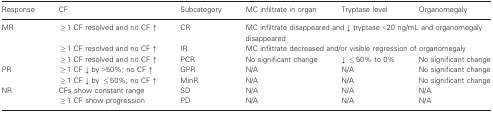
<table><thead><tr><td><b>Response</b></td><td><b>CF</b></td><td><b>Subcategory</b></td><td><b>MC infiltrate in organ</b></td><td><b>Tryptase level</b></td><td><b>Organomegaly</b></td></tr></thead><tbody><tr><td rowspan="3">MR</td><td>≥1 CF resolved and no CF ↑</td><td>CR</td><td colspan="3">MC infiltrate disappeared and ↓ tryptase &lt;20 ng/mL and organomegaly disappeared</td></tr><tr><td>≥1 CF resolved and no CF ↑</td><td>IR</td><td colspan="3">MC infiltrate decreased and/or visible regression of organomegaly</td></tr><tr><td>≥1 CF resolved and no CF ↑</td><td>PCR</td><td>No significant change</td><td>↓ ≤50% to 0%</td><td>No significant change</td></tr><tr><td rowspan="2">PR</td><td>≥1 CF ↓ by &gt;50%; no CF ↑</td><td>GPR</td><td>N/A</td><td>N/A</td><td>No significant change</td></tr><tr><td>≥1 CF ↓ by ≤50%; no CF ↑</td><td>MinR</td><td>N/A</td><td>N/A</td><td>No significant change</td></tr><tr><td rowspan="2">NR</td><td>CFs show constant range</td><td>SD</td><td>N/A</td><td>N/A</td><td>N/A</td></tr><tr><td>≥1 CF show progression</td><td>PD</td><td>N/A</td><td>N/A</td><td>N/A</td></tr></tbody></table>